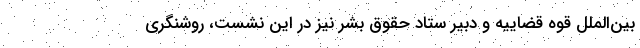
بین‌الملل قوه قضاییه و دبیر ستاد حقوق بشر نیز در این نشست، روشنگری